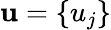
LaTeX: \mathbf{u}=\{ u_{j}\}